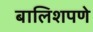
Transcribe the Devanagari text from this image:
बालिशपणे